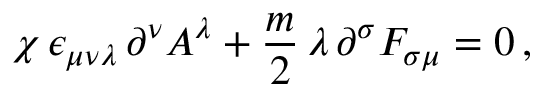
\chi \, \epsilon _ { \mu \nu \lambda } \, \partial ^ { \nu } A ^ { \lambda } + \frac { m } { 2 } \, \lambda \, \partial ^ { \sigma } F _ { \sigma \mu } = 0 \, ,